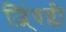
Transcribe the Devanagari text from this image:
ज़िं्वग्ली